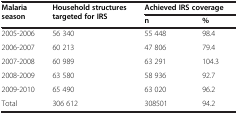
<table><thead><tr><td rowspan="2"><b>Malaria season</b></td><td rowspan="2"><b>Household structures targeted for IRS</b></td><td colspan="2"><b>Achieved IRS coverage</b></td></tr><tr><td><b>n</b></td><td><b>%</b></td></tr></thead><tbody><tr><td>2005-2006</td><td>56 340</td><td>55 448</td><td>98.4</td></tr><tr><td>2006-2007</td><td>60 213</td><td>47 806</td><td>79.4</td></tr><tr><td>2007-2008</td><td>60 989</td><td>63 291</td><td>104.3</td></tr><tr><td>2008-2009</td><td>63 580</td><td>58 936</td><td>92.7</td></tr><tr><td>2009-2010</td><td>65 490</td><td>63 020</td><td>96.2</td></tr><tr><td>Total</td><td>306 612</td><td>308501</td><td>94.2</td></tr></tbody></table>